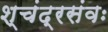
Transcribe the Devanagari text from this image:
श्चंद्रसंवः